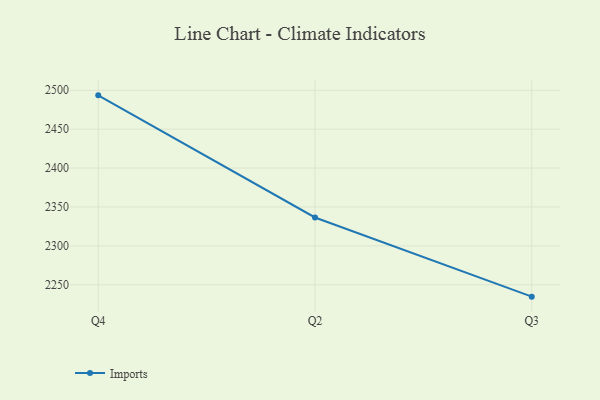
{"axis": {"x": "Quarter", "y": "Production Output"}, "legend": ["Imports"], "data": [{"x": "Q4", "y": 2493.5, "type": "Imports"}, {"x": "Q2", "y": 2336.5, "type": "Imports"}, {"x": "Q3", "y": 2234.7, "type": "Imports"}]}